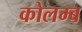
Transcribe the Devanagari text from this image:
कोलम्ब